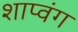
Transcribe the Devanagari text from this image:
शाप्वंग